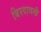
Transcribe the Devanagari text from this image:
बिरदावली